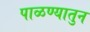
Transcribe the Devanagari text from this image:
पाळण्यातुन